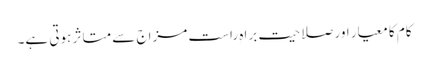
کام کا معیار اور صلاحیت براہِ راست مزاج سے متاثر ہوتی ہے۔